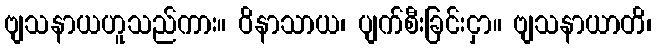
ဗျသနာယဟူသည်ကား။ ဝိနာသာယ၊ ပျက်စီးခြင်းငှာ။ ဗျသနာယာတိ၊